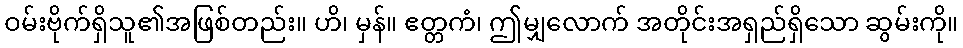
ဝမ်းဗိုက်ရှိသူ၏အဖြစ်တည်း။ ဟိ၊ မှန်။ ဧတ္တကံ၊ ဤမျှလောက် အတိုင်းအရှည်ရှိသော ဆွမ်းကို။